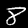
Digit: 8